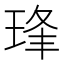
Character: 琒